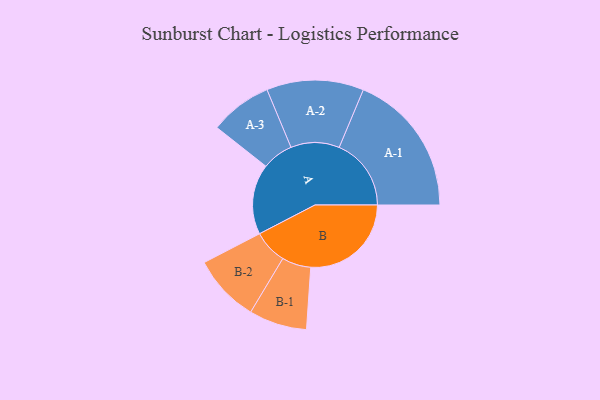
{"axis": {"x": "Segment", "y": "Value"}, "legend": ["", "A", "B"], "data": [{"x": "A", "y": 291, "type": ""}, {"x": "B", "y": 416, "type": ""}, {"x": "A-1", "y": 298, "type": "A"}, {"x": "A-2", "y": 201, "type": "A"}, {"x": "A-3", "y": 129, "type": "A"}, {"x": "B-1", "y": 120, "type": "B"}, {"x": "B-2", "y": 140, "type": "B"}]}